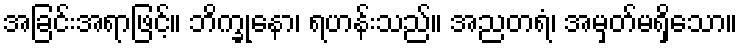
အခြင်းအရာဖြင့်။ ဘိက္ခုနော၊ ရဟန်းသည်။ အညတရံ၊ အမှတ်မရှိသော။